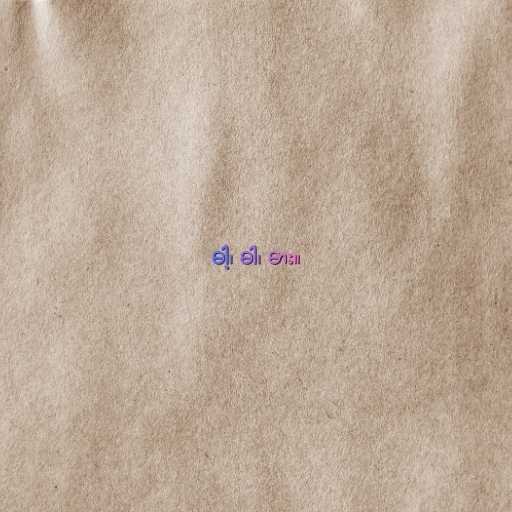
ဓါ့၊ ဓါ၊ ဓား။